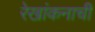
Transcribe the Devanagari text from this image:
रेखांकनाची